Report on vaccination in Madras 1922-1929 - 1922-1929
Year: 1922
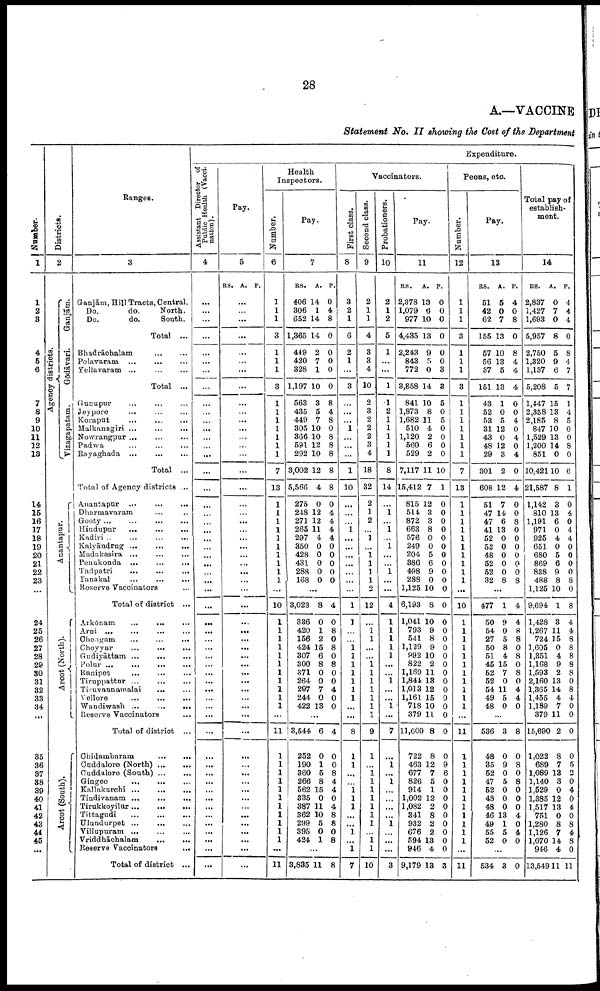
28
A.—VACCINE
Statement No. II showing the Cost of the Department
Number.
1
1
2
3
4
5
6
7
8
9
10
11
12
13
14
15
16
17
18
19
20
21
22
23
24
25
26
27
28
29
30
81
82
33
34
...
85
86
87
38
39
40
41
42
43
44
45
...
Districts.
2
Agency districts.
Ganjām.
Gōdāvari.
Vizagapatam.
Ana nt a pur .
Arcot (North).
Arcot(South).
Ranges.
3
Ganjām, Hill Tracts, Central.
Do.
do.
North.
Do.
do.
South.
Total ...
Bhadrāchalam ... ...
Polavaram
...
...
...
Yellavaram
...
...
...
Total ...
Gunupur
...
...
...
Jeypore ... ... ...
Koraput
...
...
...
Malkanagiri
...
...
...
Nowrangpur
...
...
...
Padwa
...
...
...
Rayaghada
...
...
...
Total ...
Total of Agency districts ...
Anantapur
...
...
...
Dharmavaram ... ...
Gooty
...
...
...
...
Hiudupur
...
...
...
Kadiri ... ... ... ...
Kalyāndrug
...
...
...
Madakasira ... ... ...
Penukonda
...
...
...
Tadpatri
...
...
...
Tanakal ... ... ...
Reserve Vaccinators ...
Total of district ...
Arkōnam
...
... ...
Arni ...
...
... ...
Chengam
...
...
...
Cheyyar
...
...
...
Gudiyāttam ... ... ...
Polur
...
...
...
...
Ranipet ... ... ...
Tiruppattur ...
...
...
Timvannamalai
... ...
Vellore
...
...
...
Wandiwash ...
...
...
Reserve Vaccinators ...
Total of district ...
Chidambaram
...
...
Cuddalore (North) ... ...
Cuddalore (South) ... ...
Gingee
...
...
...
Kallakurchi
...
...
...
Tindivanam
...
...
...
Tirukkoyilur
...
...
...
Tittagudi
...
...
...
Ulundurpet
...
...
...
Villapuram ... ... ...
Vriddhāchalam ... ...
Reserve Vaccinators ...
Total of district ...
Expenditure.
Assistant Director of
Public Health (Vacci-
nation).
4
...
...
...
...
...
...
...
...
...
...
...
...
...
...
...
...
...
...
...
...
...
...
...
...
...
...
...
...
...
...
...
...
...
...
...
...
...
...
...
...
...
...
...
...
...
...
...
...
...
...
...
...
...
...
...
Pay.
5
RS. A. P.
...
...
...
...
...
...
...
...
...
...
...
...
...
...
...
...
...
...
...
...
...
...
...
...
...
...
...
...
...
...
...
...
...
...
...
...
...
...
...
...
...
...
...
...
...
...
...
...
...
...
...
...
...
...
...
Health
Inspectors.
Number.
6
1
1
1
3
1
1
1
3
1
1
1
1
1
1
1
7
13
1
1
1
1
1
1
1
1
1
1
1
10
1
1
1
1
1
1
1
1
1
1
1
...
11
1
1
1
1
1
1
1
1
1
1
1
...
11
Pay.
7
RS.
406
306
652
1,365
449
420
328
1,197
563
435
449
305
366
591
292
3,002
5,566
275
248
271
265
297
350
428
431
288
168
A.
14
1
14
14
2
7
1
10
3
5
7
10
10
12
10
12
4
0
12
12
11
4
0
0
0
0
0
P.
0
4
8
0
0
0
0
0
8
4
8
0
8
8
8
8
8
0
4
4
4
4
0
0
0
0
0
...
3,023
336
420
156
424
307
300
371
264
297
244
422
8
0
1
2
15
6
8
0
0
7
0
13
4
0
8
0
8
0
8
0
0
4
0
0
...
3,544
252
190
360
266
562
335
387
362
299
395
424
6
0
1
5
8
15
0
11
10
5
0
1
4
0
0
8
4
4
0
4
8
8
0
8
...
3,835 11 8
Vaccinators.
First class.
8
3
2
1
6
2
1
...
3
...
...
...
1
...
...
...
1
10
...
...
...
1
...
...
...
...
...
...
...
1
1
...
...
1 1
1
1
1
1
1
...
...
8
1
1
...
...
1
1
1
...
...
1
...
1
7
Second class.
9
2
1
1
4
3
3
4
10
2
3
2
2
2
3
4
18
32
2
1
2
...
1
...
1
1
1
1
2
12
...
1
1
...
...
1
1
1
1
1
1
1
9
1
...
1
1
1
1
1
1
1
...
1
1
10
Probationers.
10
2
1
2
5
1
...
...
1
1
2
1
1
1
1
1
8
14
...
1
...
1
...
1
...
...
1
...
...
4
1
1
1
1
1
...
...
1
...
...
1
...
7
...
1
...
1
...
...
...
...
1
...
...
...
3
Pay.
11
RS.
2,378
1,079
977
4,435
2,243
843
772
3,858
841
1,873
1,682
510
1,120
560
529
7,117
15,412
815
514
872
663
576
249
204
386
498
288
1,125
6,193
1,041
793
541
1,129
992
822
1,169
1,844
1,013
1,161
718
379
11,609
722
463
677
826
914
1,002
1,082
341
932
676
594
946
9,179
A.
13
6
10
13
9
5
0
14
10
8
11
4
2
6
2
11
7
12
3
3
8
0
0
5
6
9
0
10
8
10
9
8
9
10
2
11
13
12
15
10
11
8
8
12
7
5
1
12
2
8
2
2
13
4
13
P.
0
0
0
0
0
0
3
3
5
0
5
0
0
0
0
10
1
0
0
0
0
0
0
0
0
0
0
0
0
0
0
0
0
0
0
0
0
0
0
0
0
0
0
9
6
0
0
0
0
0
0
0
0
0
3
Peons, etc
Number.
12
1
1
1
3
1
1
1
3
1
1
1
1
1
1
1
7
13
1
1
1
1
1
1
1
1
1
1
...
10
1
1
1
1
1
1
1
1
1
1
1
...
11
1
1
1
1
1
1
1
1
1
1
1
...
11
Pay.
13
RS.
51
42
62
155
57
56
37
151
43
52
53
31
43
48
29
301
608
51
47
47
41
52
52
48
52
52
32
A.
5
0
7
13
10
13
5
13
1
0
5
12
0
12
3
2
12
7
14
6
13
0
0
0
0
0
8
P.
4
0
8
0
8
4
4
4
0
0
4
0
4
0
4
0
4
0
0
8
0
0
0
0
0
0
8
...
477
50
54
27
50
51
45
52
52
54
49
48
1
9
0
5
8
4
15
7
0
11
5
0
4
4
8
8
0
8
0
8
0
4
4
0
...
536
48
35
52
47
52
48
48
46
49
55
52
3
0
9
0
5
0
0
0
13
1
5
0
8
0
8
0
8
0
0
0
4
0
4
0
...
534 3 0
Total pay of
establish
ment.
14
RS.
2,837
1,427
1,693
5,957
2,750
1,320
1,137
5,208
1,447
2,358
2,185
847
1,529
1,200
851
10,421
21,587
1,142
810
1,191
971
925
651
680
869
838
488
1,125
9,694
1,428
1,267
724
1,605
1,351
1,168
1,593
2,160
1,365
1,455
1,189
379
15,690
1,022
689
1,089
1,140
1,529
1,385
1,517
751
1,280
1,126
1,070
946
13,549
A.
0
7
0
8
5
9
6
5
15
13
8
10
13
14
0
10
8
3
13
6
0
4
0
5
6
9
8
10
1
3
11
15
0
4
9
2
13
14
4
7
11
2
8
7
13
3
0
12
13
0
8
7
14
4
11
P.
4
4
4
0
8
4
7
7
1
4
5
0
0
8
0
6
1
0
4
0
4
4
0
0
0
0
8
0
8
4
4
8
8
8
8
8
0
8
4
0
0
0
0
5
2
0
4
0
4
0
8
4
8
0
11